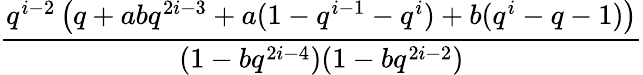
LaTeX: \frac{q^{i-2}\left(q+abq^{2i-3}+a(1-q^{i-1}-q^{i})+b(q^{i}-q-1)\right)}{(1-bq^{2i-4})(1-bq^{2i-2})}